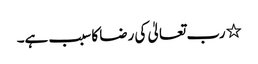
٭ رب تعالیٰ کی رضا کا سبب ہے۔